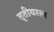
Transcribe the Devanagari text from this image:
तृतीयरत्न